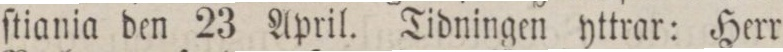
ſtiania den 23 April. Tidningen yttrar: Herr